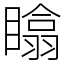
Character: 䁯